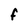
Character: f